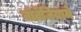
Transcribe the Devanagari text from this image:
नॉर्वेजियामे